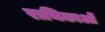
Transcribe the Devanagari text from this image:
राथिकाओं